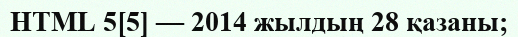
HTML 5[5] — 2014 жылдың 28 қазаны;